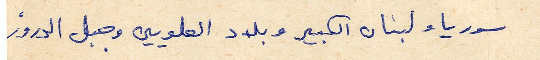
سوريا ولبنان الكبير وبلاد العلويين وجبل الدروز